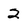
Character: 2